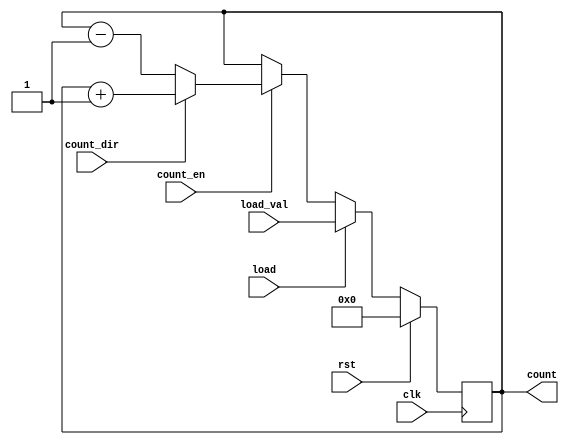
module Synchronous_Load_Counter (
    input wire clk,             // Clock input
    input wire rst,             // Synchronous reset
    input wire load,            // Load control signal
    input wire [7:0] load_val,  // Value to load into the counter
    input wire count_en,        // Count enable signal
    input wire count_dir,       // Count direction: 1 for up, 0 for down
    output reg [7:0] count      // Current count value
);

// Synchronous reset and load
always @(posedge clk) begin
    if (rst) begin
        count <= 8'b0;          // Reset counter to 0
    end else if (load) begin
        count <= load_val;      // Load new value into counter
    end else if (count_en) begin
        if (count_dir) begin
            count <= count + 1; // Increment counter
        end else begin
            count <= count - 1; // Decrement counter
        end
    end
    // If count_en is low, hold the current count value
end

endmodule